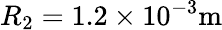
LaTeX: R_{2}=1.2\times 10^{-3}\mathrm{m}